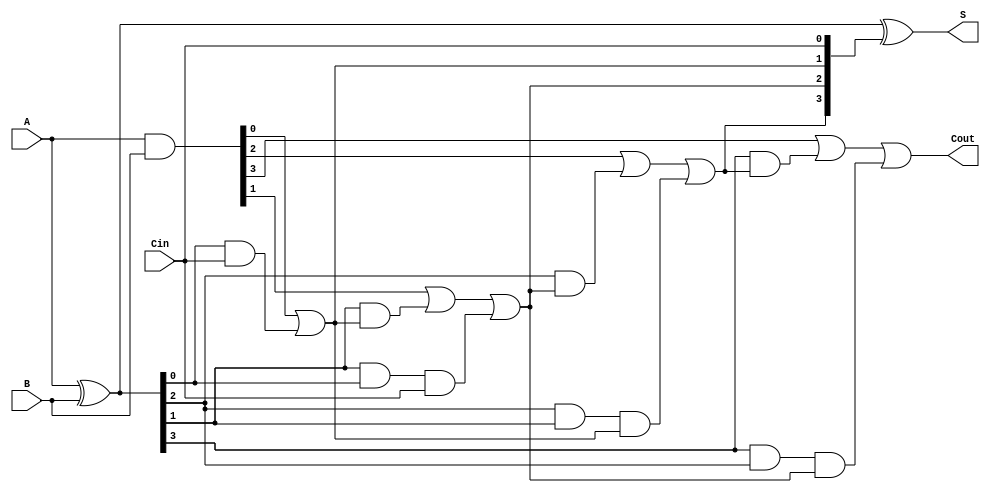
module CILA #(parameter n = 4) (
    input  [n-1:0] A,      // First n-bit input
    input  [n-1:0] B,      // Second n-bit input
    input          Cin,     // Carry-in
    output [n-1:0] S,      // n-bit sum output
    output         Cout     // Carry-out
);
    // Internal signals for generate and propagate
    wire [n-1:0] G; // Generate signals
    wire [n-1:0] P; // Propagate signals
    wire [n:0] C;   // Carry signals

    // Generate and Propagate Logic
    assign G = A & B;           // G[i] = A[i] & B[i]
    assign P = A ^ B;           // P[i] = A[i] ^ B[i]

    // Carry Generation Logic
    assign C[0] = Cin;          // C[0] = Cin

    genvar i;
    generate
        for (i = 0; i < n; i = i + 1) begin : carry_generation
            if (i == 0) begin
                assign C[i + 1] = G[i] | (P[i] & C[i]); // C[1] = G[0] + (P[0] & Cin)
            end else begin
                assign C[i + 1] = G[i] | (P[i] & C[i]) | (P[i] & P[i-1] & C[i-1]); // General case
            end
        end
    endgenerate

    // Sum Calculation
    assign S = P ^ C[n-1:0]; // S[i] = P[i] XOR C[i]

    // Carry-out signal
    assign Cout = C[n]; // Cout = C[n]

endmodule